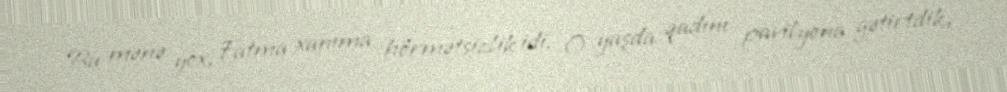
Bu mənə yox, Fatma xanıma hörmətsizlik idi. O yaşda qadını pavilyona gətirtdik,